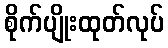
စိုက်ပျိုးထုတ်လုပ်